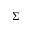
\Sigma